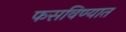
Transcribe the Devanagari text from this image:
फसविण्यात